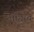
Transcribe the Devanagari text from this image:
भौगाँव